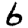
Digit: 6